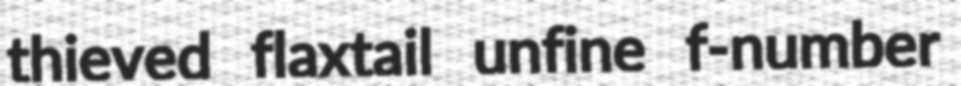
thieved flaxtail unfine f-number